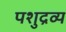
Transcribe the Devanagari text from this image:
पशुद्रव्य